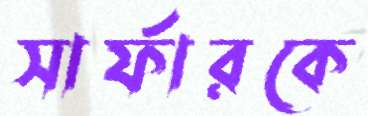
সার্ফারকে